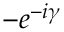
- e ^ { - i \gamma }